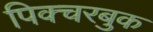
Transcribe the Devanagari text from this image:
पिक्चरबुक